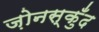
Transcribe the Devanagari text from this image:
ज़ोनस्कुँद